Civil Veterinary Dept. North-West Frontier Province 1933-46 - 1933-1946
Year: 1933
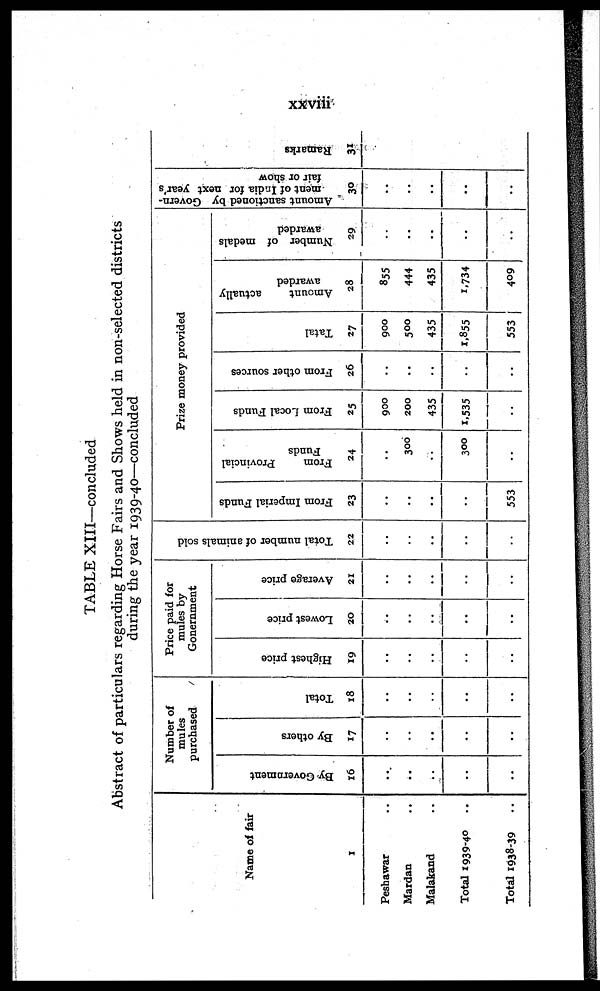
xxviii
TABLE XIII—concluded
Abstract of particulars regarding Horse Fairs and Shows held in non-selected districts
during the year 1939-40—concluded
Name of fair
1
Peshawar ..
Mardan ..
Malakand ..
Total 1939-40 ..
Total 1938-39 ..
Number of
mules
purchased
By Government
16
..
..
..
..
..
By others
17
..
..
..
..
..
Total
18
..
..
..
..
..
Price paid for
mules by
Gonernment
Highest price
19
..
..
..
..
..
Lowest price
20
..
..
..
..
..
Average price
21
..
..
..
..
..
Total number of animals sold
22
..
..
..
..
..
Prize money provided
From Imperial Funds
23
..
..
..
..
553
From
Provincial
Funds
24
..
300
..
300
..
From Local Funds
25
900
200
435
1,535
..
From other sources
26
..
..
..
..
..
Tatal
27
900
500
435
1,855
553
Amount
actually
awarded
28
855
444
435
1,734
409
Number of medals
awarded
29
..
..
..
..
..
Amount sanctioned by Govern-
ment of India for next year's
fair or show
30
..
..
..
..
..
Ramarks
31